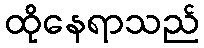
ထိုနေရာသည်